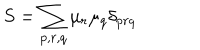
LaTeX: S = \sum _ { p , r , q } \mu _ { r } \mu _ { q } \delta _ { p r q }